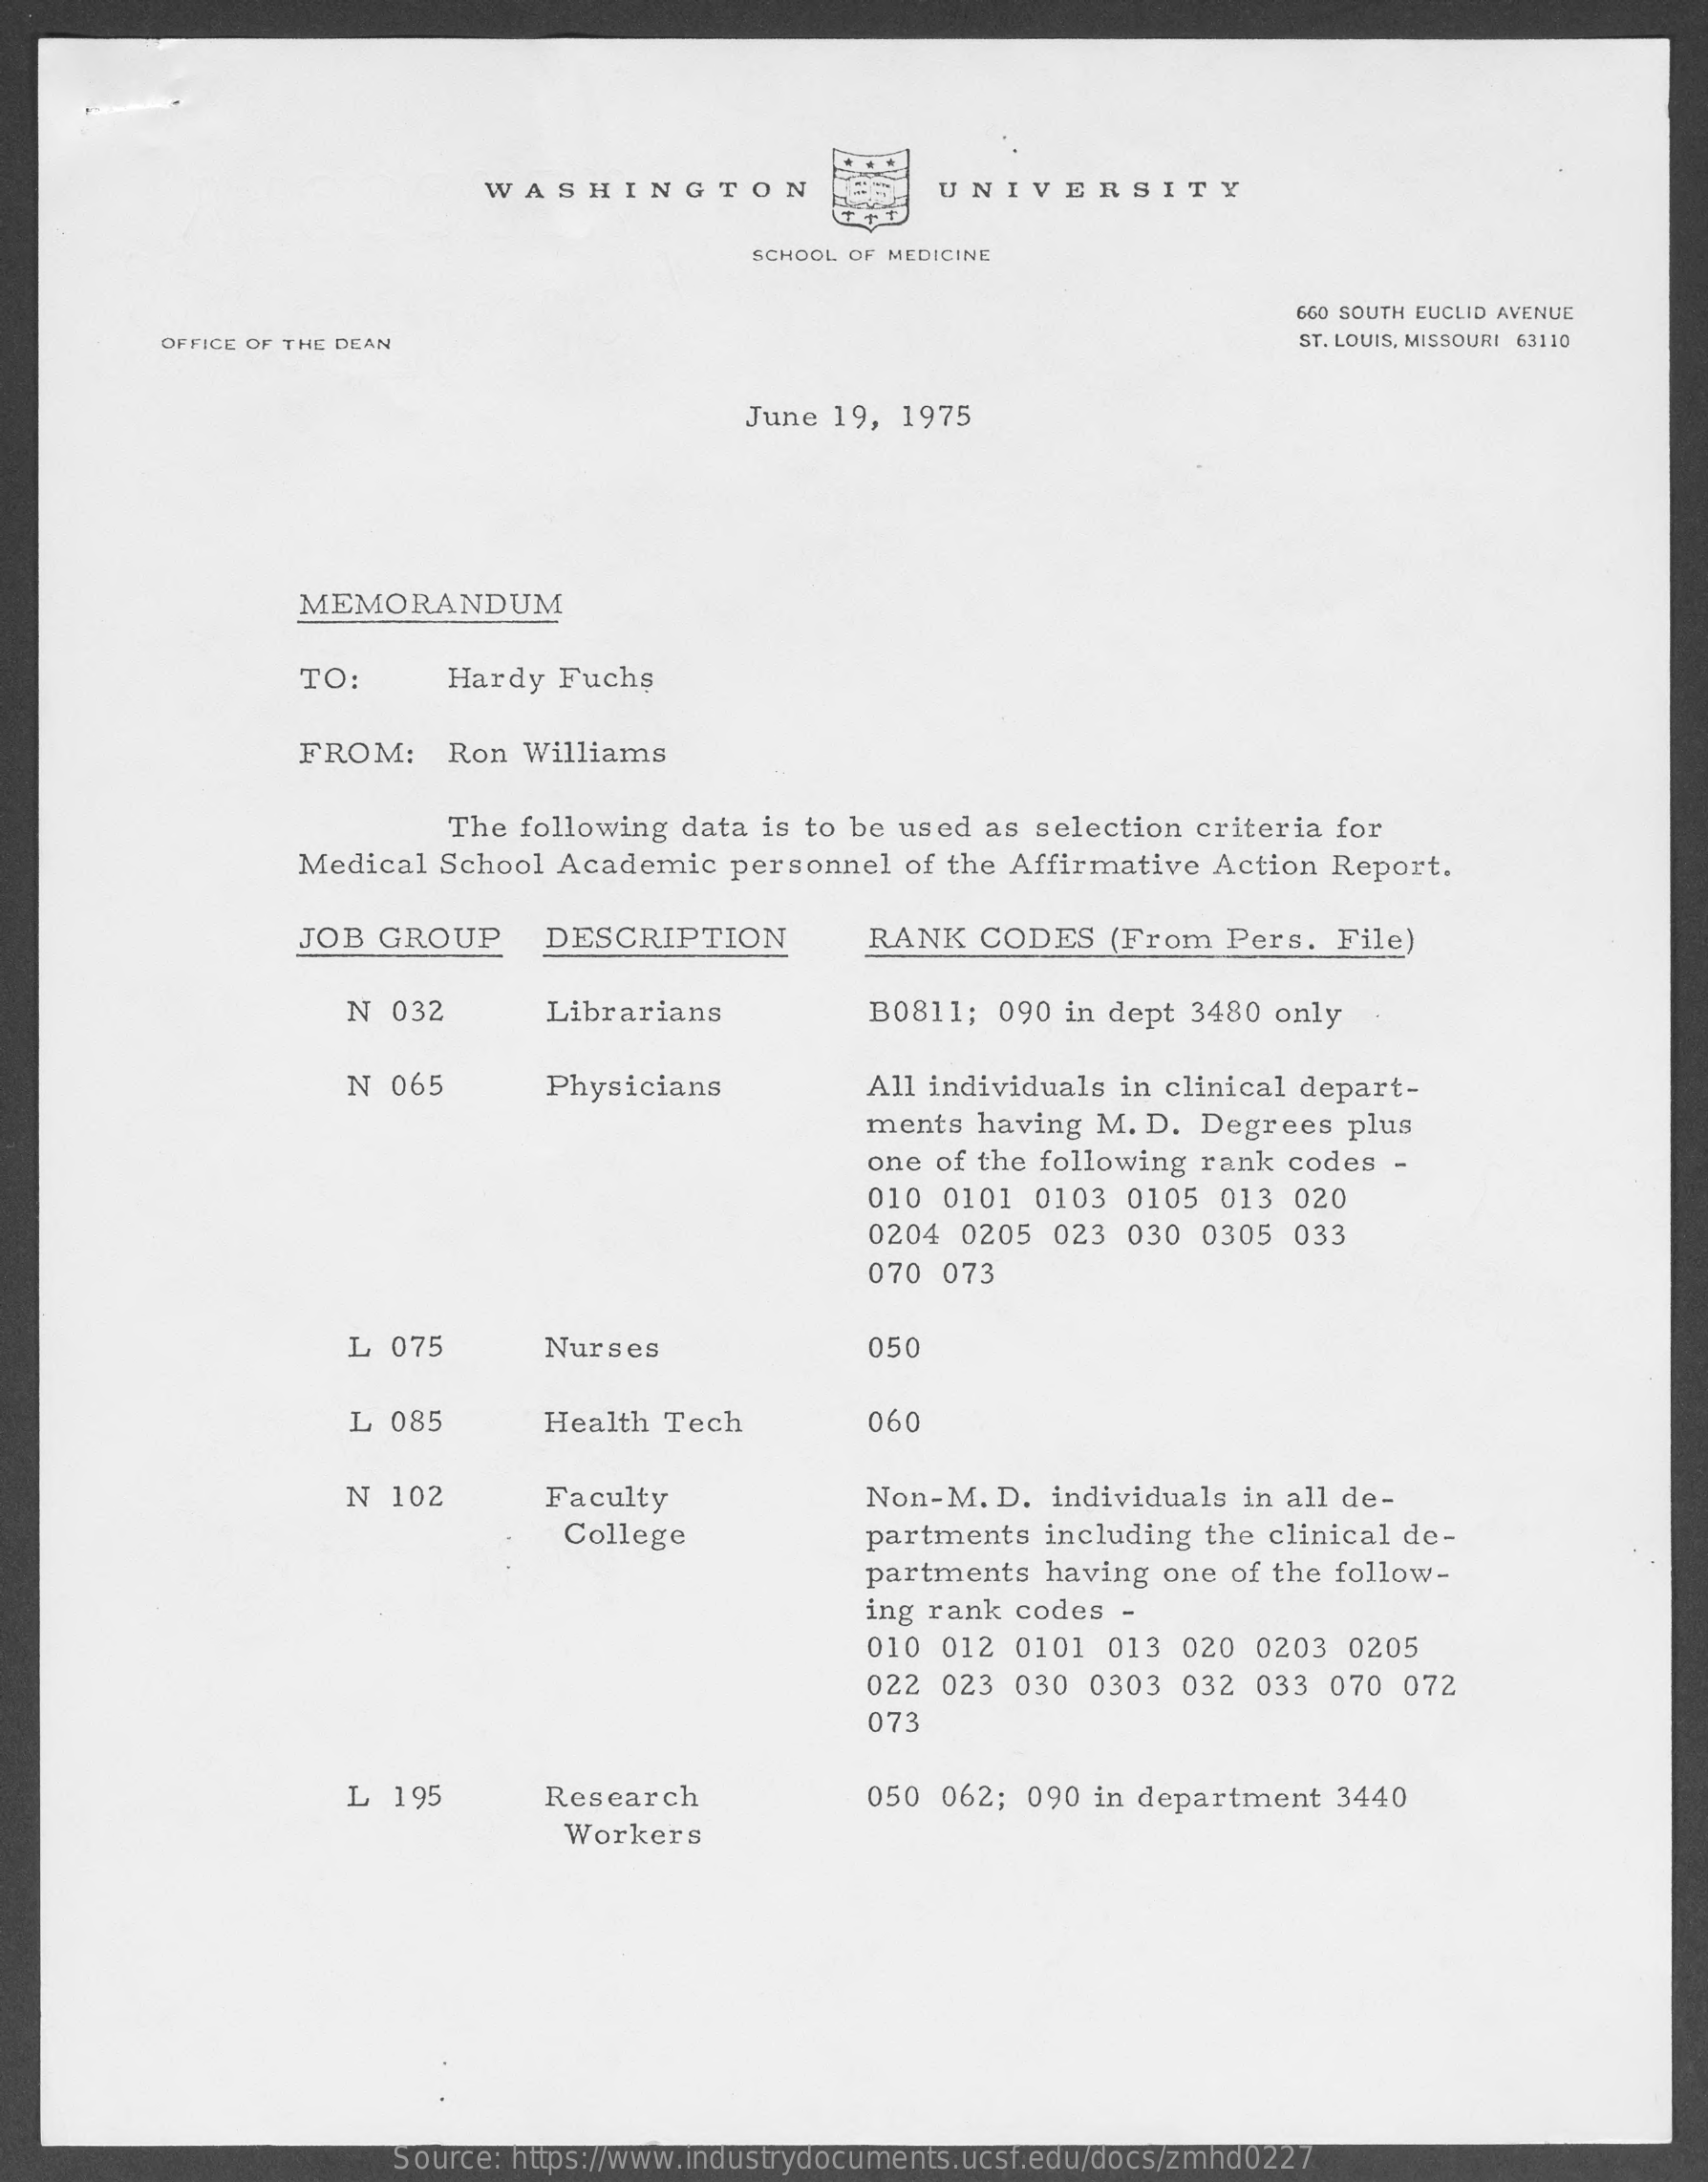
WASHINGTON    UNIVERSITY
     SCHOOL OF MEDICINE
     660 SOUTH EUCLID AVENUE
     OFFICE OF THE DEAN    ST. LOUIS, MISSOURI 63110
     June 19,  1975
     MEMORANDUM
     TO:    Hardy  Fuchs
     FROM:    Ron  Williams
     The following  data is to be used as selection  criteria for
     Medical  School  Academic   personnel  of the Affirmative  Action Report.
     JOB  GROUP    DESCRIPTION    RANK   CODES   (From   Pers.  File)
     N 032    Librarians    B0811;  090 in dept 3480  only
     N 065    Physicians    All individuals in clinical depart-
     ments  having M.  D. Degrees   plus
     one of the following rank  codes  -
     010 0101  0103  0105  013  020
     0204  0205  023 030  0305  033
     070 073
     L 075    Nurses    050
     L 085    Health  Tech    060
     N  102    Faculty    Non-M.  D. individuals  in all de-
     College    partments  including the clinical de-
     partments  having  one of the follow-
     ing rank codes  -
     010 012  0101  013  020  0203  0205
     022 023  030  0303  032  033 070  072
     073
     L 195    Research    050 062;  090 in department   3440
     Workers
     Source: https://www.industrydocuments.ucsf.edu/docs/zmhd0227